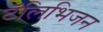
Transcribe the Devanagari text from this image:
टॅलिभिजन